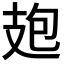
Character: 𭣘